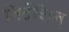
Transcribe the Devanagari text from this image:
निर्देशिन्